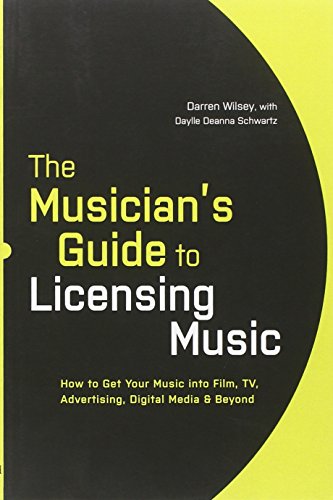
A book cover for The Musician's Guide to Licensing Music: How to Get Your Music into Film, TV, Advertising, Digital Media & Beyond; Darren Wilsey; Arts & Photography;